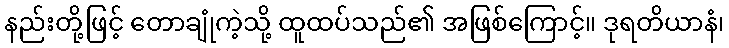
နည်းတို့ဖြင့် တောချုံကဲ့သို့ ထူထပ်သည်၏ အဖြစ်ကြောင့်။ ဒုရတိယာနံ၊